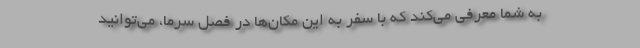
به شما معرفی می‌کند که با سفر به این مکان‌ها در فصل سرما، می‌توانید